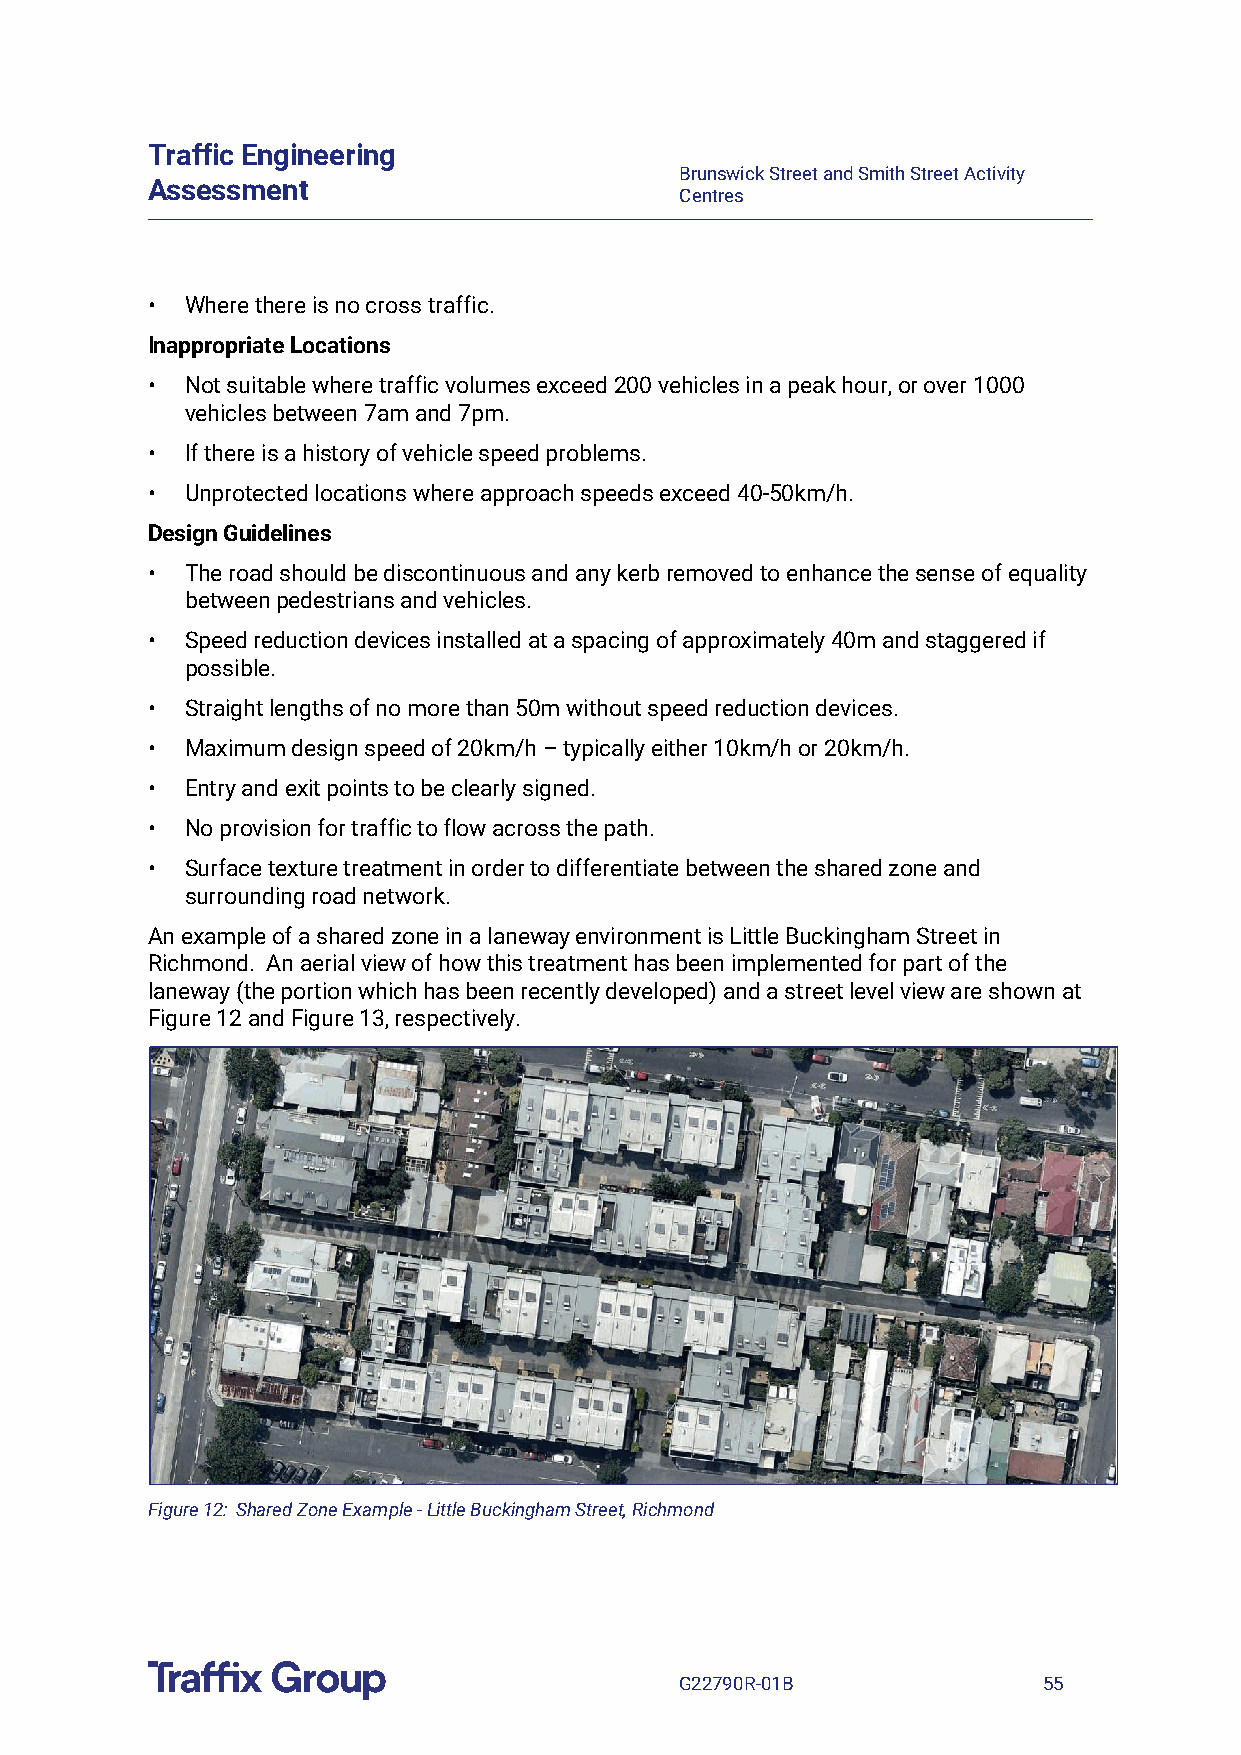
Traffic Engineering
 Brunswick Street and Smith Street Activity
 Assessment
 Centres
 • Where there is no cross traffic.
 Inappropriate Locations
 • Not suitable where traffic volumes exceed 200 vehicles in a peak hour, or over 1000
 vehicles between 7am and 7pm.
 • If there is a history of vehicle speed problems.
 • Unprotected locations where approach speeds exceed 40-50km/h.
 Design Guidelines
 • The road should be discontinuous and any kerb removed to enhance the sense of equality
 between pedestrians and vehicles.
 • Speed reduction devices installed at a spacing of approximately 40m and staggered if
 possible.
 • Straight lengths of no more than 50m without speed reduction devices.
 • Maximum design speed of 20km/h – typically either 10km/h or 20km/h.
 • Entry and exit points to be clearly signed.
 • No provision for traffic to flow across the path.
 • Surface texture treatment in order to differentiate between the shared zone and
 surrounding road network.
 An example of a shared zone in a laneway environment is Little Buckingham Street in
 Richmond. An aerial view of how this treatment has been implemented for part of the
 laneway (the portion which has been recently developed) and a street level view are shown at
 Figure 12 and Figure 13, respectively.
 Figure 12: Shared Zone Example - Little Buckingham Street, Richmond
 G22790R-01B             55